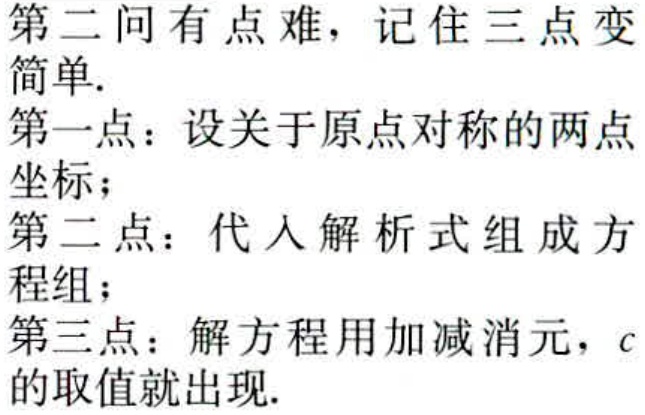
第二问有点难，记住三点变
简单.
第一点：设关于原点对称的两点
坐标；
第二点：代入解析式组成方
程组；
第三点：解方程用加减消元，$c$
的取值就出现.